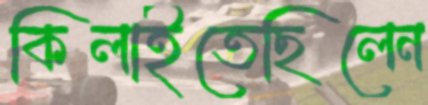
কিলাইতেছিলেন